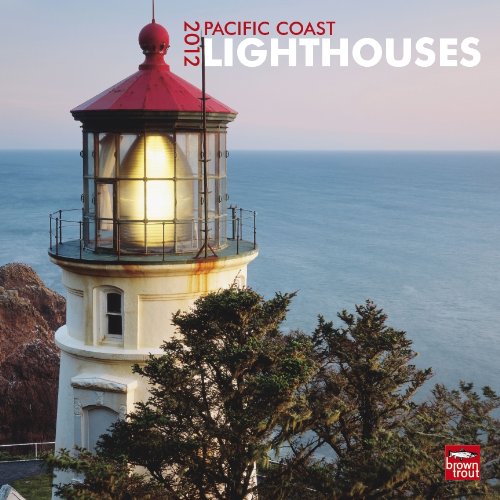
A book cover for Pacific Coast Lighthouses 2012 Square 12X12 Wall Calendar; BrownTrout Publishers Inc; Calendars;